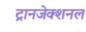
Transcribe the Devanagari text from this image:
ट्रानजेक्शनल